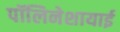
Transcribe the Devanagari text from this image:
पॉलिनेशायाई